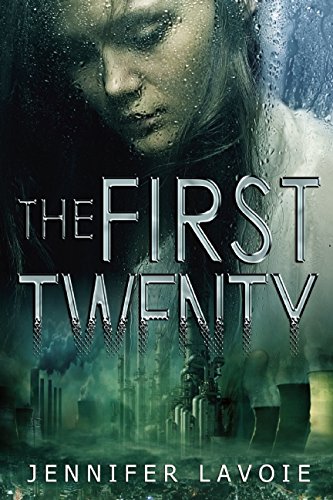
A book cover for The First Twenty; Jennifer Lavoie; Teen & Young Adult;